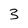
Character: 3